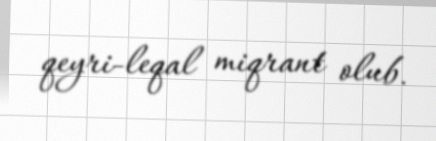
qeyri-leqal miqrant olub.